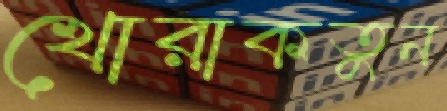
খোরাকতুন